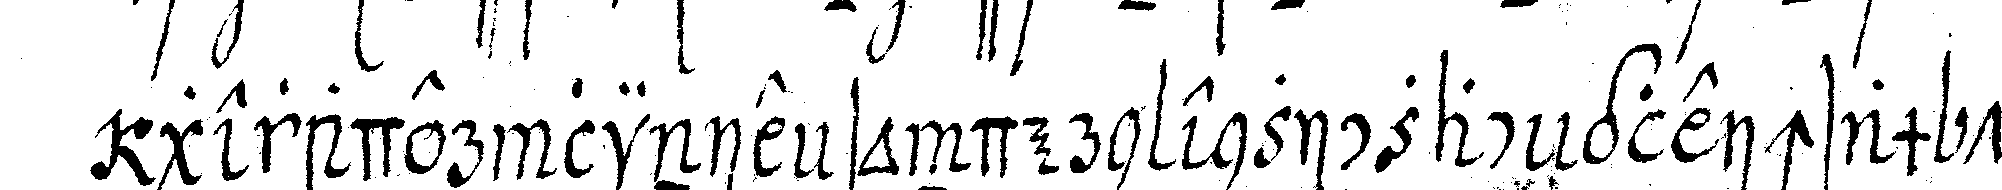
gerader linie sondern enziczac gleichsam tau